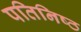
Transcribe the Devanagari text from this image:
पतिनिष्ठ